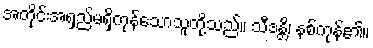
အတိုင်းအရှည်မရှိကုန်သောသူတို့သည်။ သီဒန္တိ၊ နစ်ကုန်၏။